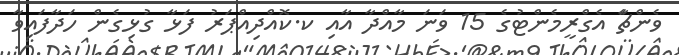
ވެންޗަާ އެގްރީމެންޓުގެ 15 ވަނަ މާއްދާ އާއި ކ.ކޮއްދިއްޕަރު ފަޅާ ގުޅިގެން ހަދާފައިވާ